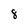
Character: 8